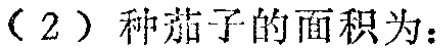
（2）种茄子的面积为：